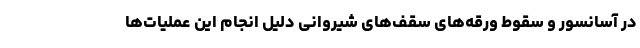
در آسانسور و سقوط ورقه‌های سقف‌های شیروانی دلیل انجام این عملیات‌ها